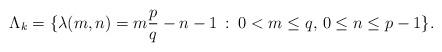
LaTeX: \begin{align*}\Lambda_{k}=\{\lambda(m,n)=m\frac{p}{q}-n-1\, :\;0<m\leq q,\,0\leq n\leq p-1\}.\end{align*}